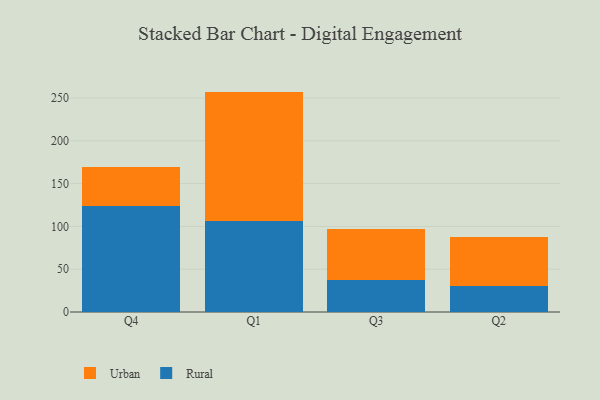
{"axis": {"x": "Quarter", "y": "Backlog"}, "legend": ["Rural", "Urban"], "data": [{"x": "Q4", "y": 124.1, "type": "Rural"}, {"x": "Q4", "y": 45.0, "type": "Urban"}, {"x": "Q1", "y": 106.1, "type": "Rural"}, {"x": "Q1", "y": 151.4, "type": "Urban"}, {"x": "Q3", "y": 37.2, "type": "Rural"}, {"x": "Q3", "y": 59.2, "type": "Urban"}, {"x": "Q2", "y": 30.6, "type": "Rural"}, {"x": "Q2", "y": 57.4, "type": "Urban"}]}